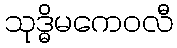
သုဒ္ဓိမကေဝလီ